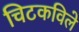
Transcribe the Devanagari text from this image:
चिटकविले